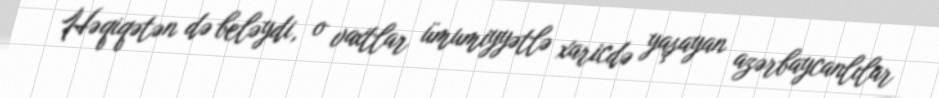
Həqiqətən də beləydi, o vaxtlar ümumiyyətlə xaricdə yaşayan azərbaycanlılar